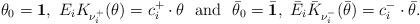
LaTeX: \begin{align*} \theta_0=\textbf{1},\ E_iK_{\nu^+_i}(\theta)=c^+_i\cdot \theta\ \ \mathrm{and}\ \ \bar{\theta}_0=\bar{\textbf{1}},\ \bar{E}_i\bar{K}_{\nu^-_i}(\bar{\theta})=c^-_i\cdot \bar{\theta}.\end{align*}